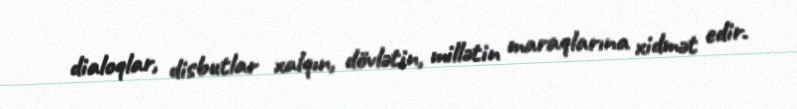
dialoqlar, disbutlar xalqın, dövlətin, millətin maraqlarına xidmət edir.